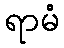
ရာမံ